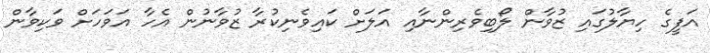
އަފީގެ ހިޔާލުގައި ޒުވާން ލޯބިވެރިންނާއި އަލަށް ކައިވެނިކުރާ ޒުވާނުން އެހާ އަވަހަށް ވަކިވާން